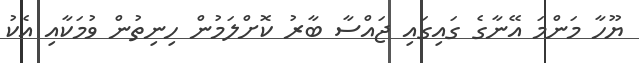
ޔޫހާ މަންމަ އޭނާގެ ގައިގައި ޖައްސާ ބާރު ކޮށްލަމުން ހިނިތުން ވުމަކާއި އެކު